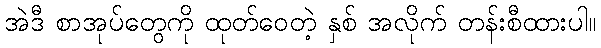
အဲဒီ စာအုပ်တွေကို ထုတ်ဝေတဲ့ နှစ် အလိုက် တန်းစီထားပါ။